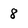
Character: 8